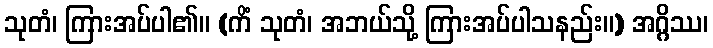
သုတံ၊ ကြားအပ်ပါ၏။ (ကိံ သုတံ၊ အဘယ်သို့ ကြားအပ်ပါသနည်း။) အဂ္ဂိဿ၊